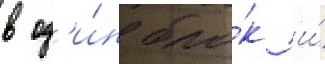
в од'и́н бло́к и́